Annual report on the working of the lock hospitals in the Central Provinces
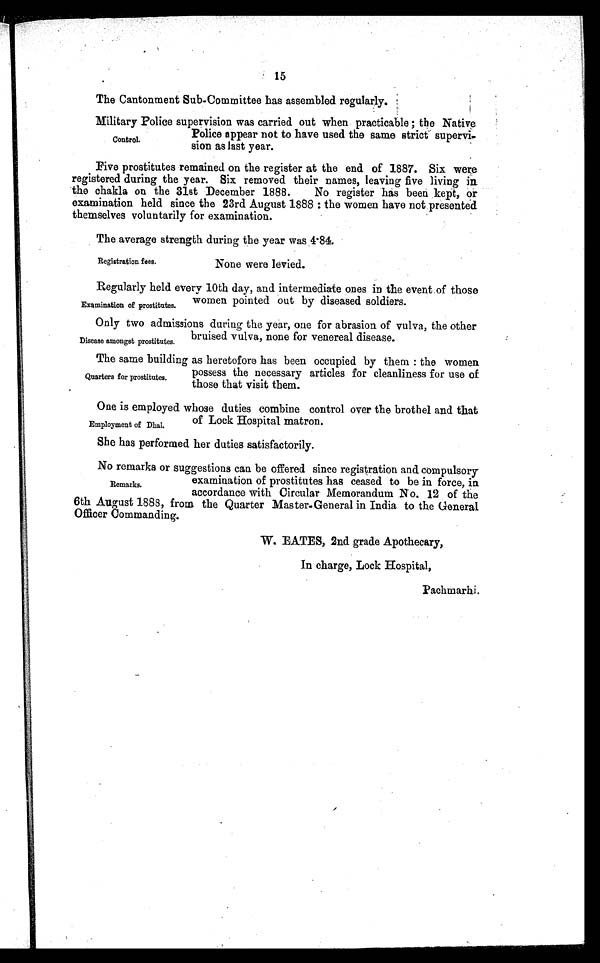
Registration fees.
None were levied.
The same building as heretofore has been occupied by them : the women
possess the necessary articles for cleanliness for use of
those that visit them.
Quarters for prostitutes.
One is employed whose duties combine control over the brothel and that
of Lock Hospital matron.
Employment of Dhai.
15
The Cantonment Sub.Committee has assembled regularly.
Military Police supervision was carried out when practicable the Native
Police appear not to have used the same strict supervi
-sion as last year.
Control.
Five prostitutes remained on the register at the end of 1887. Six were
registered during the year. Six removed their names, leaving five living in
the chakla on the 31st December 1888. No register has been kept, or
examination held since the 23rd August 1888: the women have not presented.
themselves voluntarily for examination.
The average strength during the year was 4.84.
Regularly held every 10th day, and intermediate ones in the event.of those
women pointed out by diseased soldiers.
Examination of prostitutes.
Only two admissions during the year, one for abrasion of vulva, the other
bruised vulva, none for venereal disease.
Disease amongst prostitutes.
She has performed her duties satisfactorily.
No remarks or suggestions can be offered since registration and compulsory
examination of prostitutes has ceased to be in force, in
accordance with Circular Memorandum No. 12 of the
6th August 1888, from the Quarter Master-General in India to the General
Officer Commanding.
W. FATES, 2nd_ grade Apothecary.
In charge, Lock Hospital,
Pachmarhi.
Remarks.